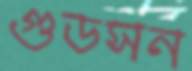
গুডসন